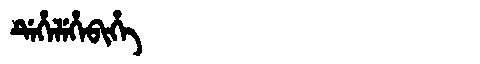
Manchu: ᡩᡝᡥᡝᠯᡝᡥᡝᠪᡳᡥᡝ
Romanization: DEHELEHEBIHE